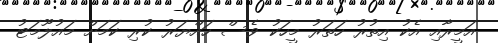
އަމީރާއި އެކު އިތުރު ހަތަރު މީހަކު ވެސް ހައްޔަރު ކުރި ކަމަށް މައުލޫމަޓު